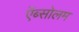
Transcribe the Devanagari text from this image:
ऍब्सोलम